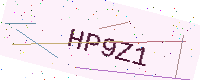
Text: HP9Z1